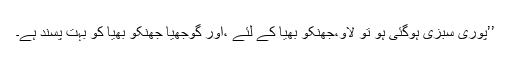
’’پوری سبزی ہوگئی ہو تو لاؤ،جھنکو بھیا کے لئے ،اور گوجھیا جھنکو بھیا کو بہت پسند ہے۔